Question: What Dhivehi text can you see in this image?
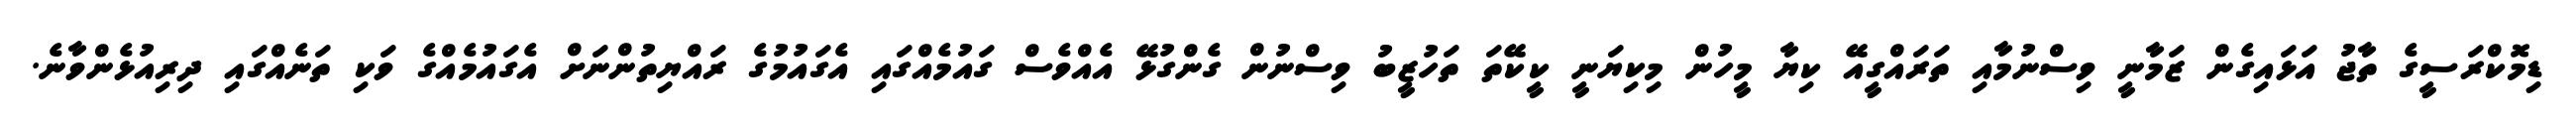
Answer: ޑިމޮކްރަސީގެ ތާޖު އަޅައިގެން ޒަމާނީ ވިސްނުމާއި ތަރައްގީއޭ ކިޔާ މީހުން މިކިޔަނީ ކީކޭތަ ތަހުޒީބު ވިސްނުން ގެންގުޅޭ އެއްވެސް ގައުމެއްގައި އެގައުމުގެ ރައްޔިތުންނަށް އެގައުމެއްގެ ވަކި ތަނެއްގައި ދިރިއުޅެންވާނެ.